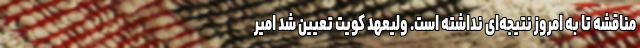
مناقشه تا به امروز نتیجه‌ای نداشته است. ولیعهد کویت تعیین شد امیر